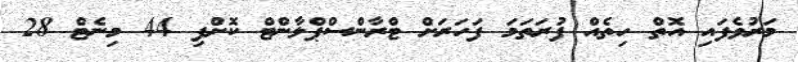
މަރުވެފައި އޮތް ހިތެއް ފުރަތަމަ ފަހަރަށް ޓްރާންސްޕްލާންޓް ކޮށްފި 44 މިނެޓް 28